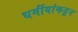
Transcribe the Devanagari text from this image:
धर्मीयांकडून